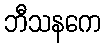
ဘီသနကေ